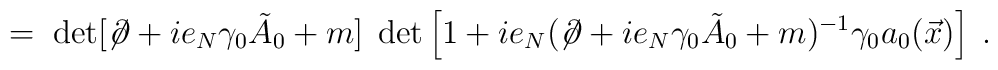
\;=\;\det [\not\!\partial   + i e_N \gamma_0   {\tilde A}_0  + m  ] \;\det\left[1 +  i e_N(\not  \!\partial  + i  e_N \gamma_0{\tilde A}_0 +m)^{-1} \gamma_0 a_0 (\vec x)\right] \;.